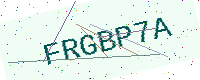
Text: FRGBP7A